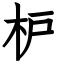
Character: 枦